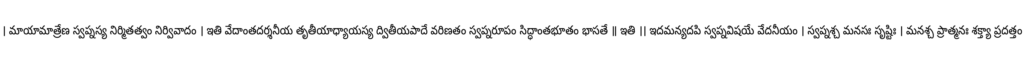
। మాయామాత్రేణ స్వప్నస్య నిర్మితత్వం నిర్వివాదం । ఇతి వేదాంతదర్శనీయ తృతీయాధ్యాయస్య ద్వితీయపాదే వరిణతం స్వప్నరూపం సిద్ధాంతభూతం భాసతే ॥ ఇతి ।। ఇదమన్యదపి స్వప్నవిషయే వేదనీయం । స్వప్నశ్చ మనసః సృష్టిః । మనశ్చ ప్రాత్మనః శక్త్యా ప్రదత్తం